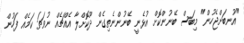
"އުނބަށްޖެހުން" މިބަސް ބޭނުންކޮށް އުޅެނީ ބޭނުންނެތިގެން ދޫކޮށްލާ އެއްޗެއް ނުވަތަ ކަމެއް ފަހުން